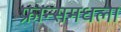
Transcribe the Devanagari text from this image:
फ्रान्समधला